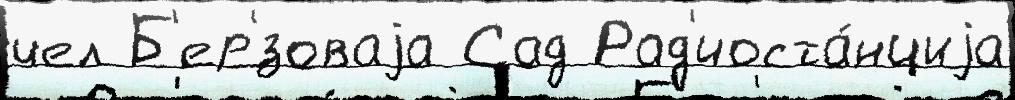
чел Б'ер'́зоваjа Сад Рад'иоста́нциjа